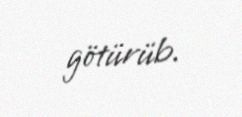
götürüb.